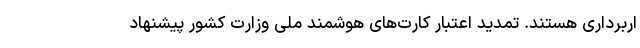
اربرداری هستند. تمدید اعتبار کارت‌های هوشمند ملی وزارت کشور پیشنهاد